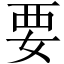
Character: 要